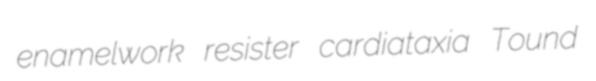
enamelwork resister cardiataxia Tound